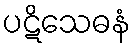
ပဋိသေဓနံ